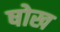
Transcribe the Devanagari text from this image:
षोख